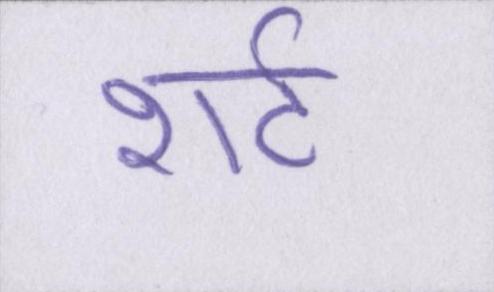
शर्ट